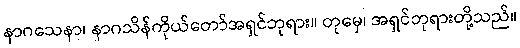
နာဂသေနာ၊ နာဂသိန်ကိုယ်တော်အရှင်ဘုရား။ တုမှေ၊ အရှင်ဘုရားတို့သည်။